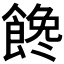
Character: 𩝎